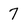
Character: 7